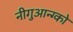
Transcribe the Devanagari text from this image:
नीगुआन्ग्को